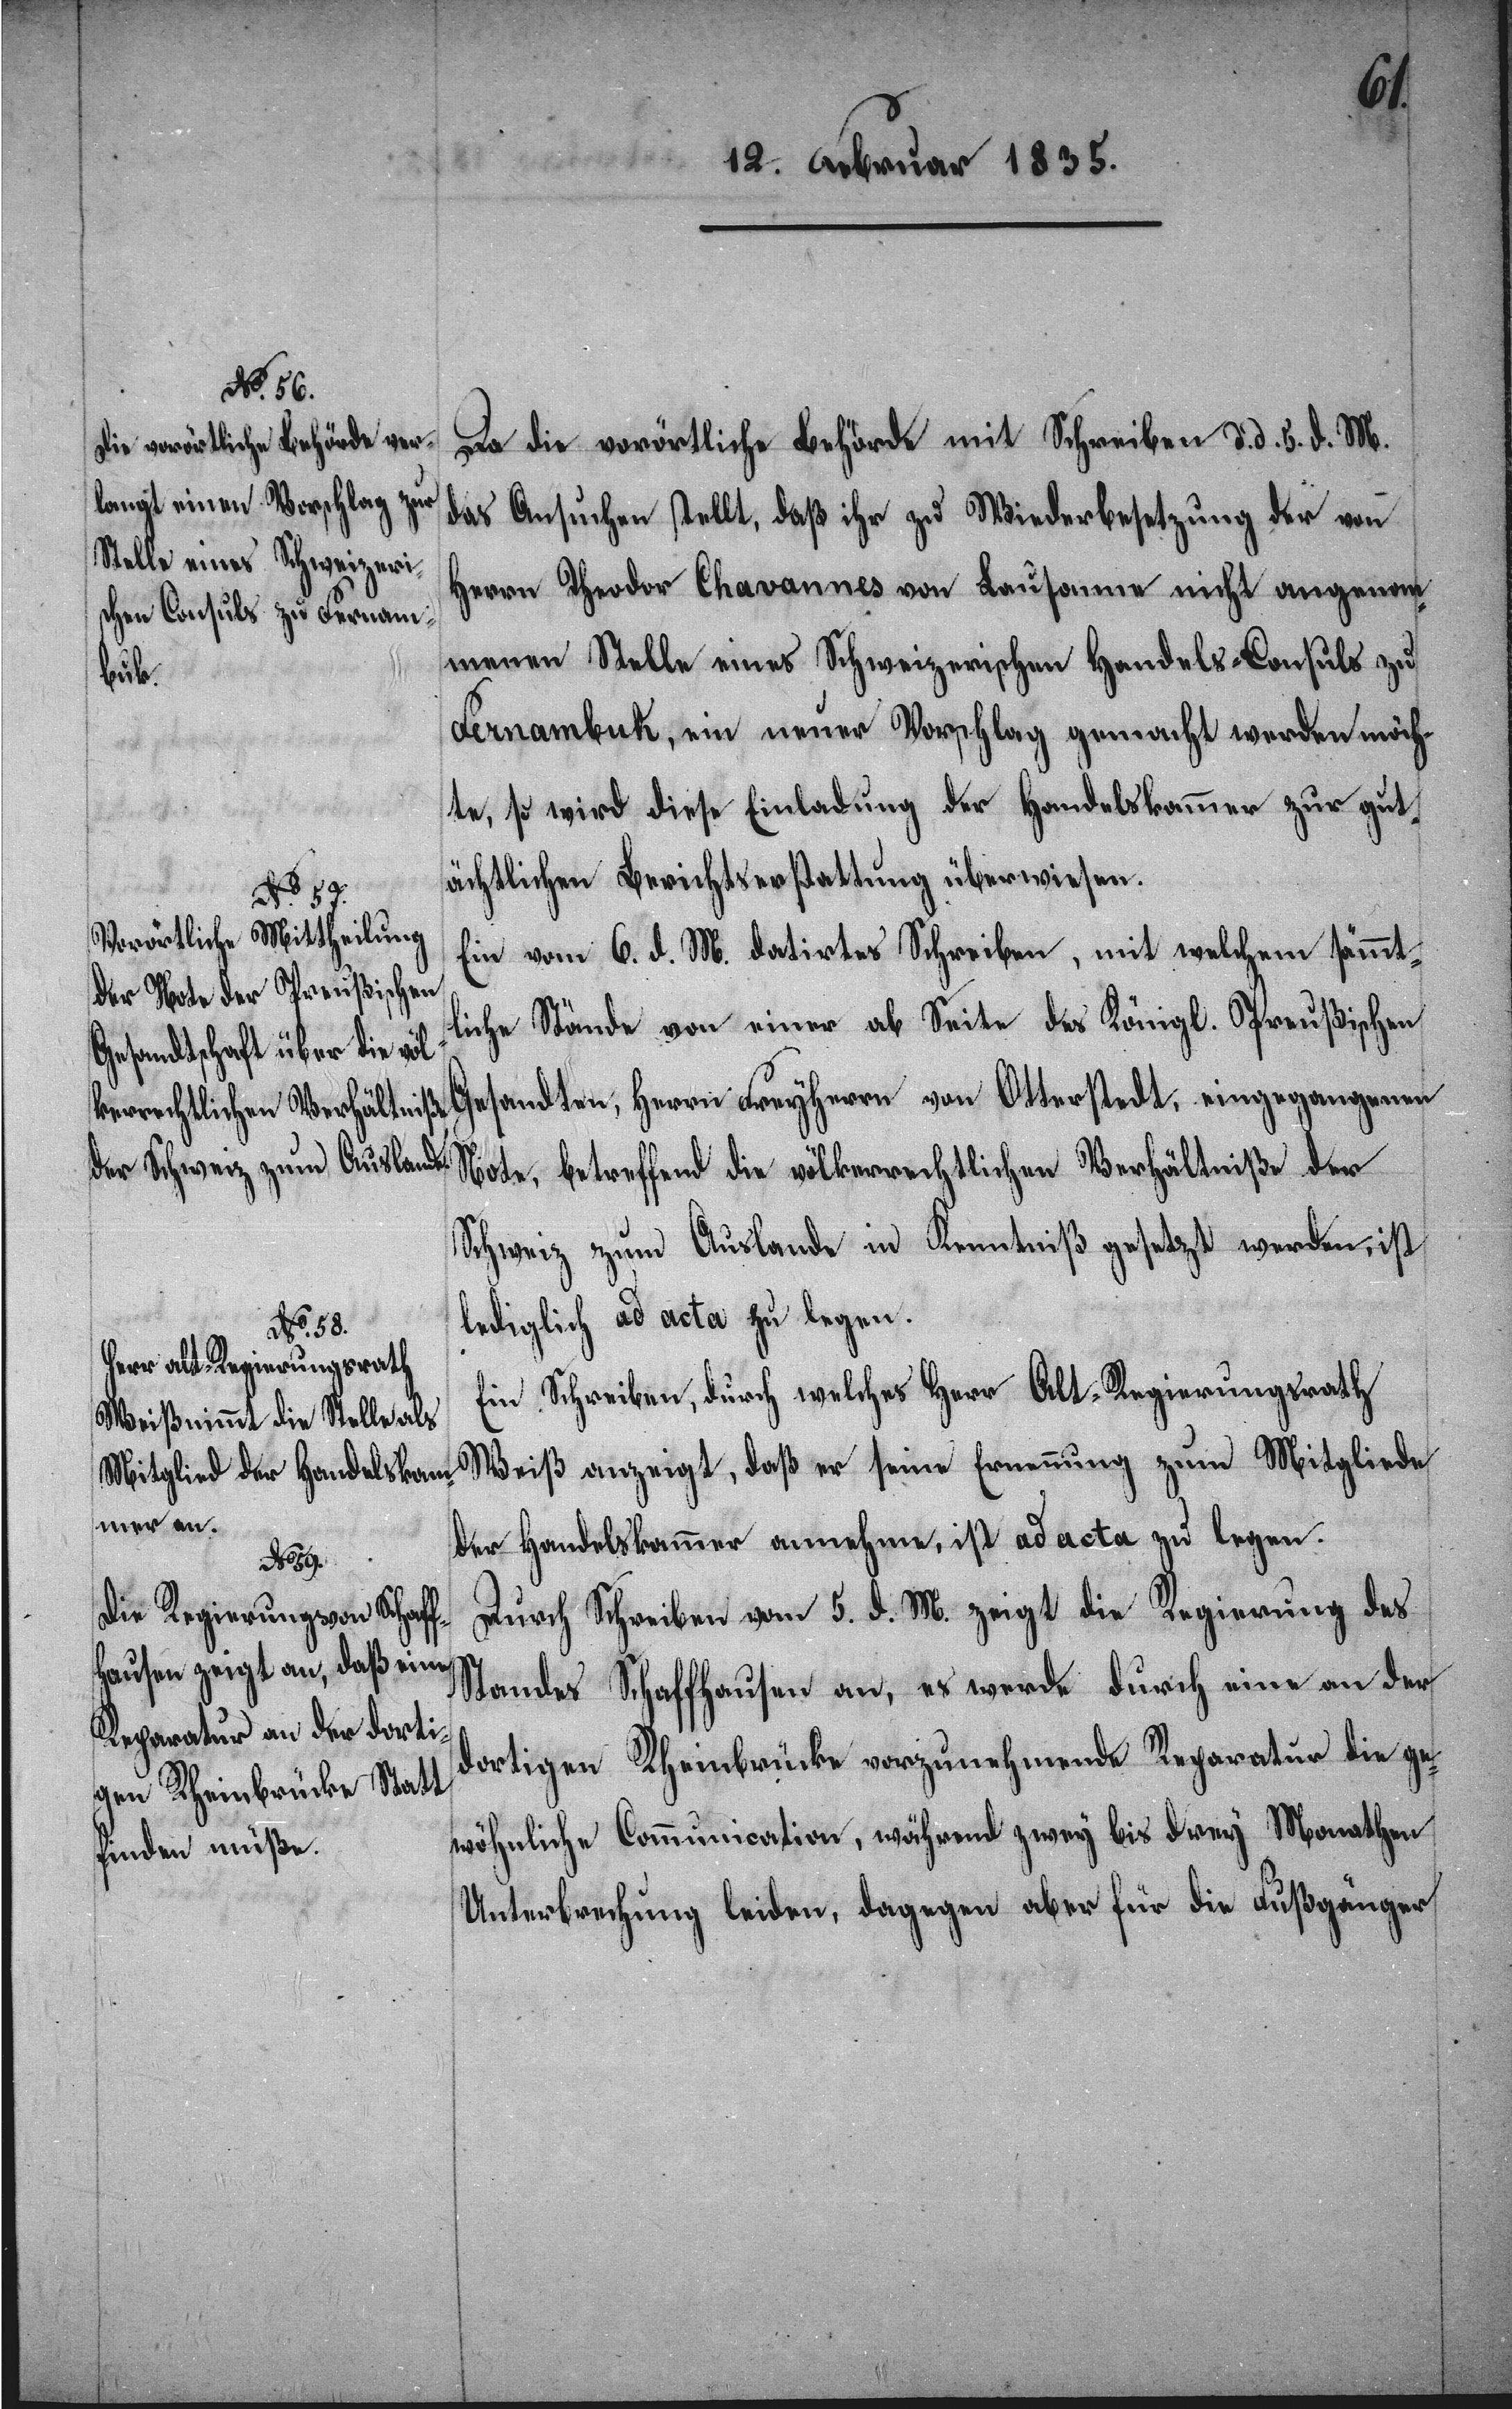
Da die vorörtliche Behörde mit Schreiben d. d. 5. d. M.
das Ansuchen stellt, daß ihr zu Wiederbesetzung der von
Herrn Theodor Chavannes von Lausanne nicht angenom¬
menen Stelle eines Schweizerischen Handels-Consuls zu
Fernambuk, ein neuer Vorschlag gemacht werden möch¬
te, so wird diese Einladung der Handelskammer zur gut¬
ächtlichen Berichtserstattung überwiesen.
Ein vom 6. d. M. datirtes Schreiben, mit welchem sämmt¬
liche Stände von einer ab Seite des Königl. Preußischen
Gesandten, Herrn Freyherrn von Otterstadt, eingegangenen
Note, betreffend die völkerrechtlichen Verhältniße der
Schweiz zum Auslande in Kenntniß gesetzt werden, ist
lediglich ad acta zu legen.
Ein Schreiben, durch welches Herr Alt-Regierungsrath
Weiß anzeigt, daß er seine Ernennung zum Mitglied
der Handelskammer annehme, ist ad acta zu legen.
Durch Schreiben vom 5. d. M. zeigt die Regierung des
Standes Schaffhausen an, es werde durch eine an der
Rheinbrücke vorzunehmende Reparatur die ge¬
dortigen
wöhnliche Communication, während zwey bis drey Monathen
Unterbrechung leiden, dagegen aber für die Fußgänger